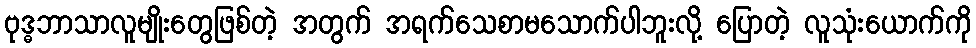
ဗုဒ္ဓဘာသာလူမျိုးတွေဖြစ်တဲ့ အတွက် အရက်သေစာမသောက်ပါဘူးလို့ ပြောတဲ့ လူသုံးယောက်ကို